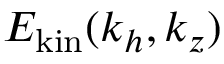
E _ { \mathrm { k i n } } ( k _ { h } , k _ { z } )